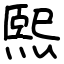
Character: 熙